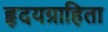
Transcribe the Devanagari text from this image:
हृदयग्राहिता